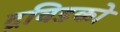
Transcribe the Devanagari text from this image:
द्रविडको